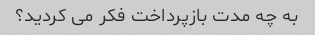
به چه مدت بازپرداخت فکر می کردید؟